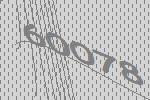
60078